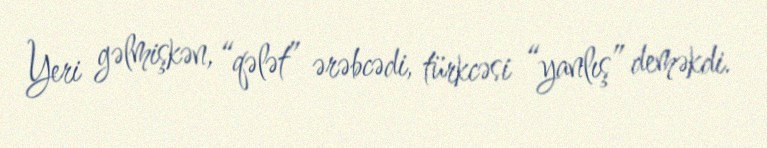
Yeri gəlmişkən, “qələt” ərəbcədi, türkcəsi “yanlış” deməkdi.